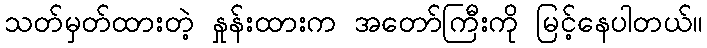
သတ်မှတ်ထားတဲ့ နှုန်းထားက အတော်ကြီးကို မြင့်နေပါတယ်။